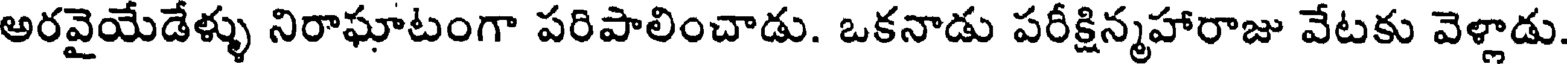
అరవైయేడేళ్ళు నిరాఘాటంగా పరిపాలించాడు. ఒకనాడు పరీక్షిన్మహారాజు వేటకు వెళ్లాడు.